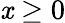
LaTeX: \mathit{x}\ge0